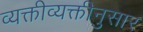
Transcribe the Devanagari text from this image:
व्यक्तीव्यक्तीनुसार